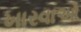
ખારવાઓ